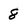
Character: 8